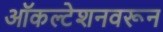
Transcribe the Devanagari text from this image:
ऑकल्टेशनवरून